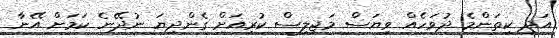
އަދި ކިތަންމެ ދުވަހެއް ވިޔަސް މަޖިލިސް ކުރިއަށް ގެންދިޔަ ނުދޭނެ ކަމަށް އޭނާ